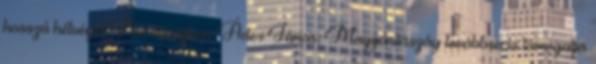
hosszú hétvégét Nürnbergben Áder János: Magyarország továbbra is támogatja